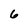
Character: 6